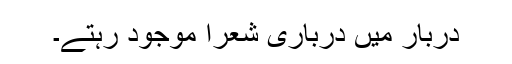
دربار میں درباری شعرا موجود رہتے۔